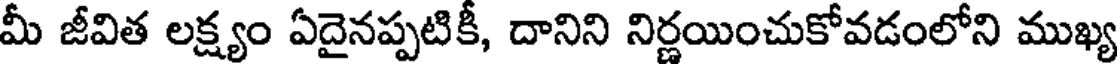
మీ జీవిత లక్ష్యం ఏదైనప్పటికీ, దానిని నిర్ణయించుకోవడంలోని ముఖ్య